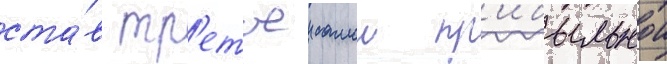
ста́в тр'етьеи самои пр'ибыльнои